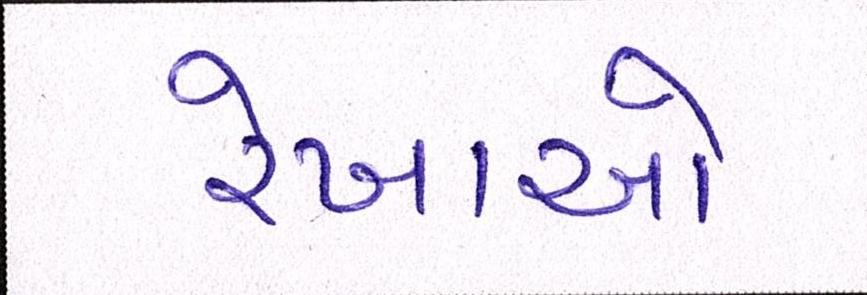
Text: રેખાઓ